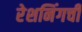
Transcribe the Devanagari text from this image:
रेशनिंगची